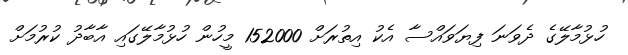
ހުޅުމާލޭގެ ދެވަނަ ފިޔަވައްސާ އެކު އިތުރަށް 152000 މީހުން ހުޅުމާލޭގައި އާބާދު ކުރުމަށް